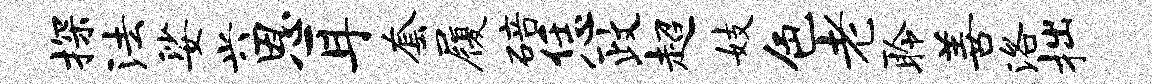
探法娑兴恩耳套履碚恁政超妓色老聆善洛拙